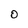
Character: O